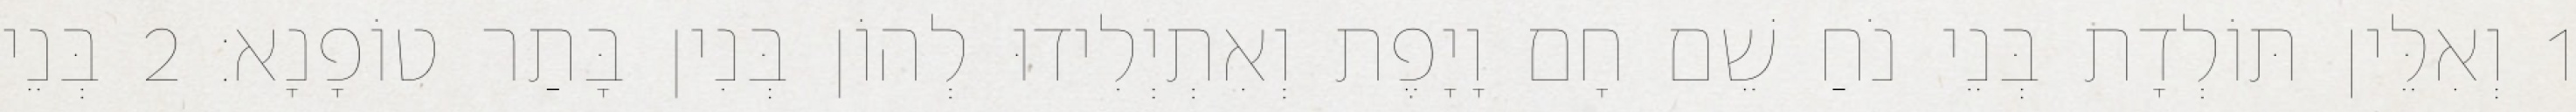
1 וְאִלֵּין תּוֹלְדָת בְּנֵי נֹחַ שֵׁם חָם וָיָפֶת וְאִתְיְלִידוּ לְהוֹן בְּנִין בָּתַר טוֹפָנָא׃ 2 בְּנֵי